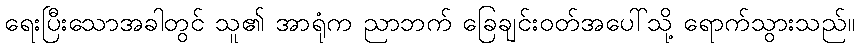
ရေးပြီးသောအခါတွင် သူ၏ အာရုံက ညာဘက် ခြေချင်းဝတ်အပေါ်သို့ ရောက်သွားသည်။